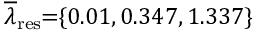
\! \! \! \! \! \! \! \overline { { \lambda } } _ { \mathrm { { r e s } } } \! \! = \! \! \{ 0 . 0 1 , 0 . 3 4 7 , 1 . 3 3 7 \} \! \! \!